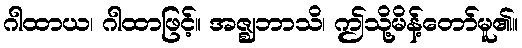
ဂါထာယ၊ ဂါထာဖြင့်။ အဇ္ဈဘာသိ၊ ဤသို့မိန့်တော်မူ၏။